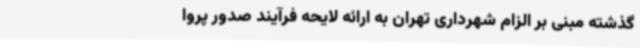
گذشته مبنی بر الزام شهرداری تهران به ارائه لایحه فرآیند صدور پروا